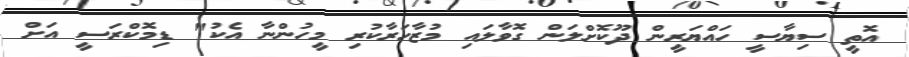
އޮތީ ސިޔާސީ ހައްޔަރީން ދޫކޮށްލަން ގޮވާލައި މުޒާހަރާކުރި މީހުންނާ އެކު" ޑިމޮކްރަސީ އަށް